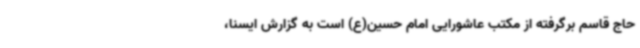
حاج قاسم برگرفته از مکتب عاشورایی امام حسین(ع) است به گزارش ایسنا،